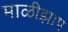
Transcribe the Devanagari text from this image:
माळीझाप